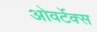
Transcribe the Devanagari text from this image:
ओवर्टेक्स